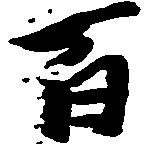
百